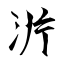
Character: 沜